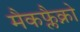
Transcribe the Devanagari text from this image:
मैकफ्लैक्नो